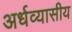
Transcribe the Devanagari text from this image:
अर्धव्यासीय